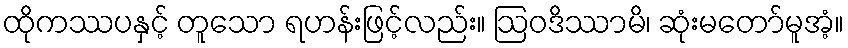
ထိုကဿပနှင့် တူသော ရဟန်းဖြင့်လည်း။ ဩဝဒိဿာမိ၊ ဆုံးမတော်မူအံ့။